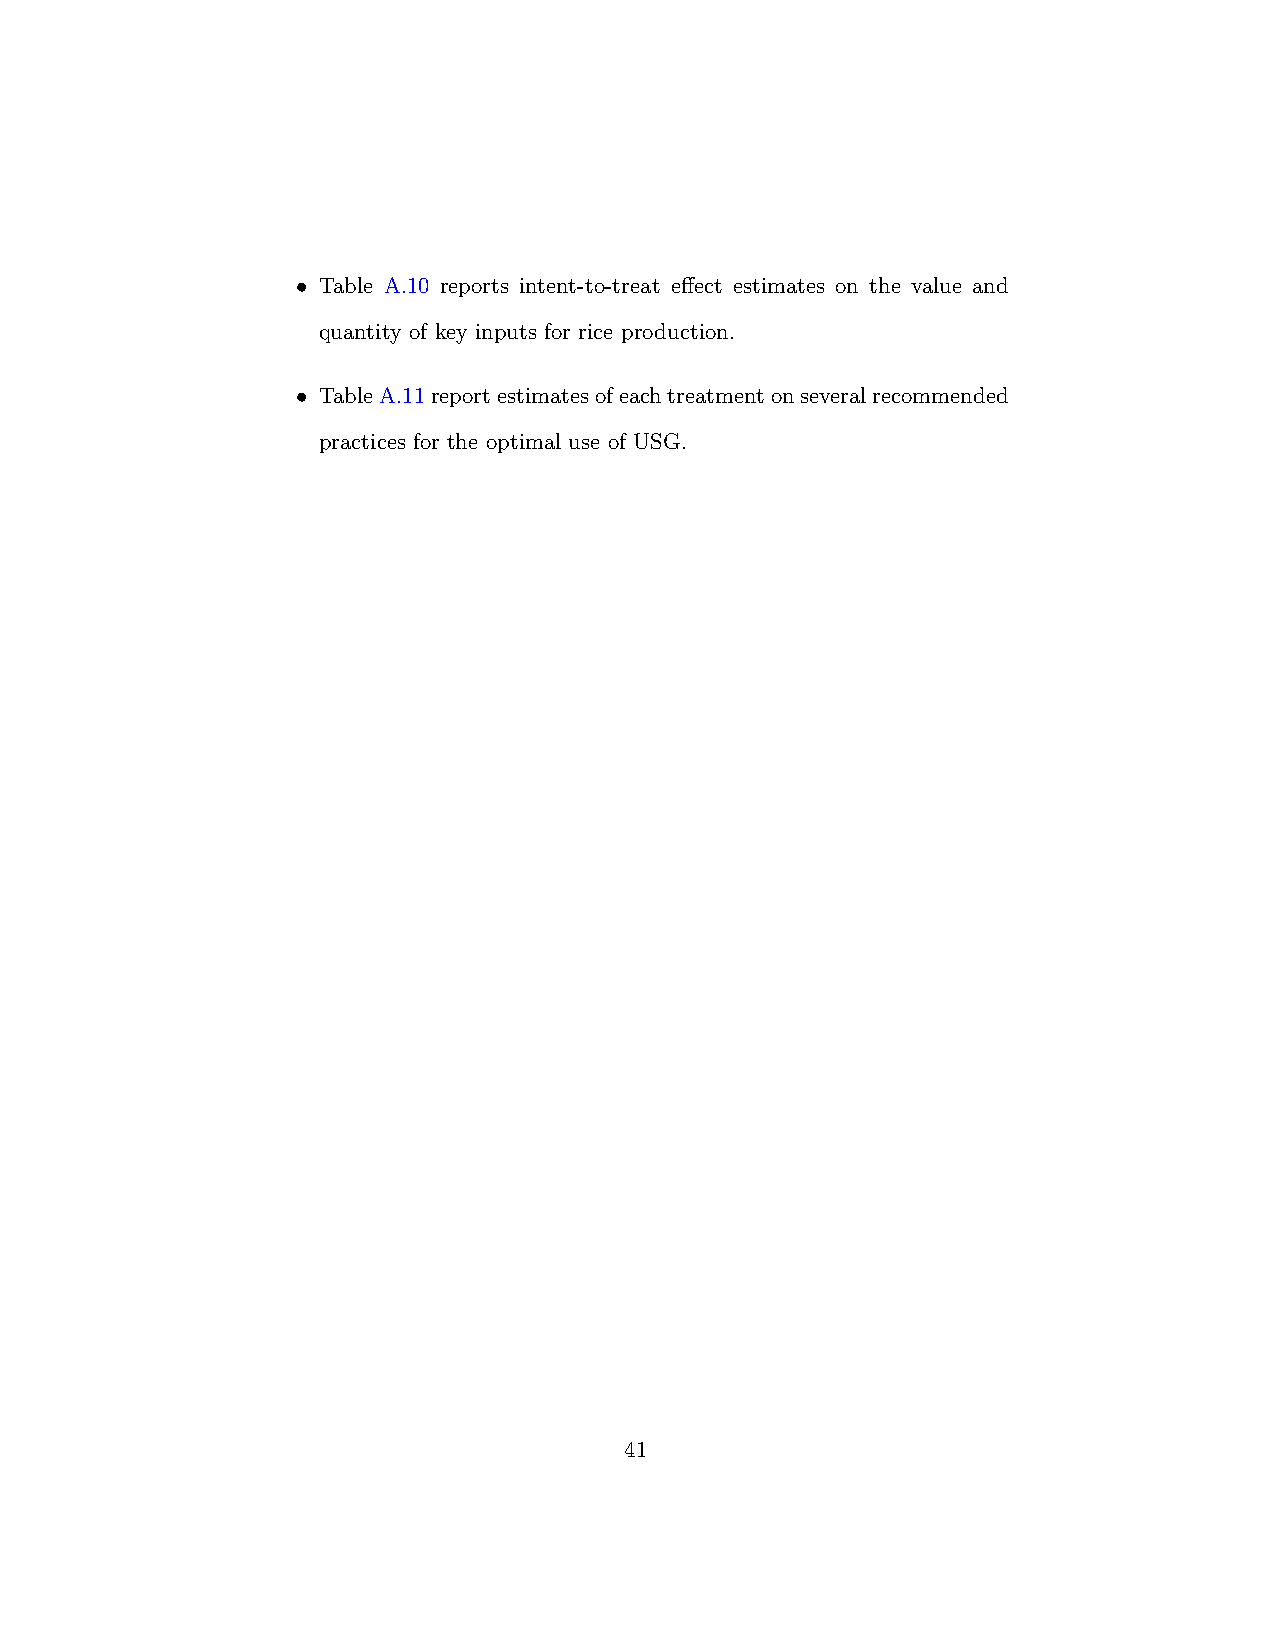
• Table A.10 reports intent-to-treat effect estimates on the value and
 quantity of key inputs for rice production.
 • TableA.11reportestimatesofeachtreatmentonseveralrecommended
 practices for the optimal use of USG.
 41